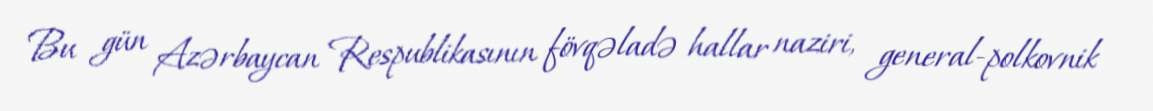
Bu gün Azərbaycan Respublikasının fövqəladə hallar naziri, general-polkovnik